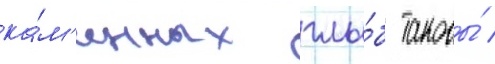
ка́м'енных глы́б таковы́ /